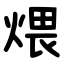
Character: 煨